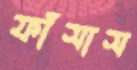
ফাঁসাস